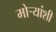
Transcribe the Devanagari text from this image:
मोर्‍यांशी